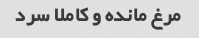
مرغ مانده و کاملا سرد